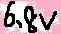
Text: 6.8V